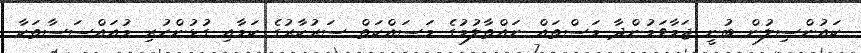
ކައުންސިލުން ބުނީ ޖަމާވަމުންދާ މަސްތައް ނައްތާލުމުގެ މަސައްކަތް ސަރުކާރުގެ ކަމާއި ގުޅުންހުރި މުއައްސަސާތަކާ